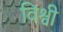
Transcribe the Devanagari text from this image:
विश्वी